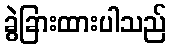
ခွဲခြားထားပါသည်